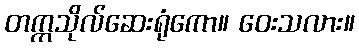
တက္ကသိုလ်ဆေးရုံကော။ ဝေးသလား။